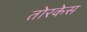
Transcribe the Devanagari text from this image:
तोरकेस